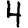
Digit: 4